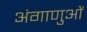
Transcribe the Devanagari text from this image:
अंगाणुओं